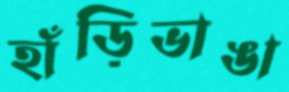
হাঁড়িভাঙা